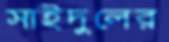
সাইদুলের